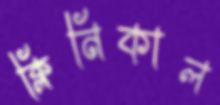
ক্লিনিকাল